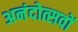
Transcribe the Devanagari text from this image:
अनंदोत्सवों